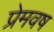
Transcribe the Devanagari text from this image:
प्रेमवष